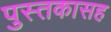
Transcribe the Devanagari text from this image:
पुस्तकासह